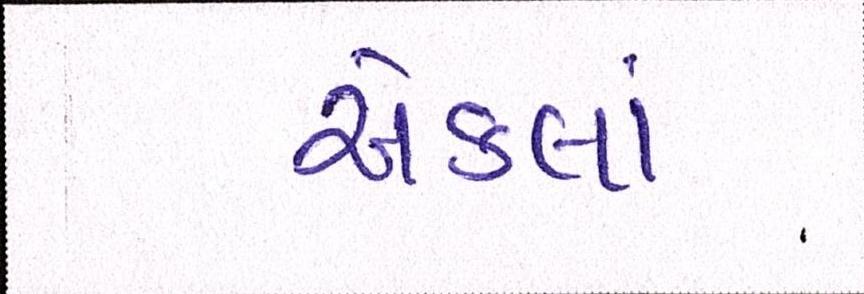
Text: એકલાં